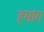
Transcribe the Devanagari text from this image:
हमांग